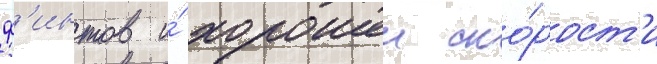
ф'интов и́ хорошеи ско́рост'и